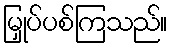
မြှုပ်ပစ်ကြသည်။